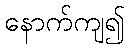
နောက်ကျ၍